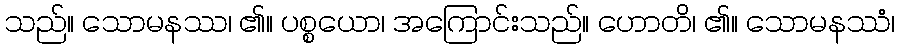
သည်။ သောမနဿ၊ ၏။ ပစ္စယော၊ အကြောင်းသည်။ ဟောတိ၊ ၏။ သောမနဿံ၊